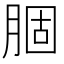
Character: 𫆣